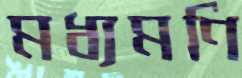
মধ্যমণি